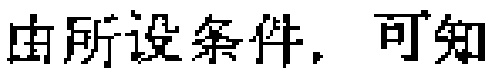
由所设条件，可知